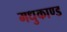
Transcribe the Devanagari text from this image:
मधुकाण्ड